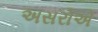
અસરોએ